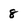
Character: 8